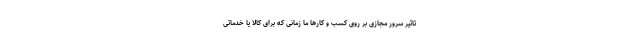
تاثیر سرور مجازی بر روی کسب و کارها ما زمانی که برای کالا یا خدماتی